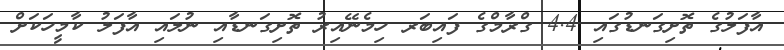
އާފަލުގެ ތޮށިގަނޑުގައި 4.4 ގްރާމްގެ ފައިބަރ ހިމެނޭއިރު ތޮށިގަނޑާއި ނުލައި އާފަލު ކާމީހަކަށް